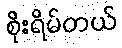
စိုးရိမ်တယ်